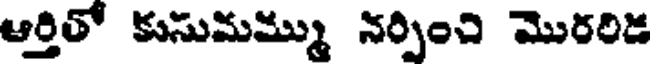
ఆర్తితో కుసుమమ్ము నర్పించి మొరరిడ